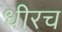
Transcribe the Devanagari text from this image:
धीरच